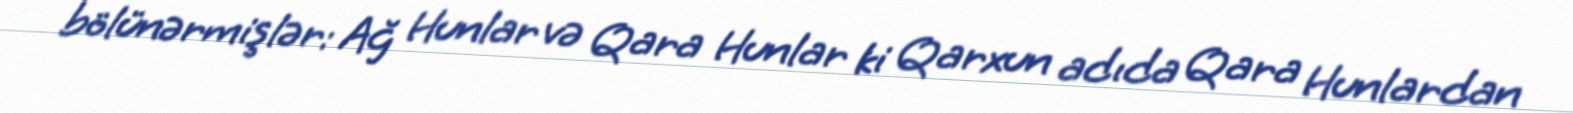
bölünərmişlər: Ağ Hunlar və Qara Hunlar ki Qarxun adıda Qara Hunlardan